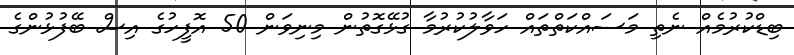
ބިޑްކުރުމެއް ނެތި މަސައްކަތްތައް ހަވާލުކުރުމާ ގުޅޭގޮތުން މިނިވަން 50 އޮފީހުގެ އިސް ބޭފުޅުންގެ